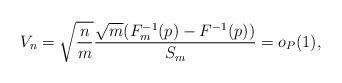
LaTeX: \begin{align*} V_n = \sqrt{ \frac{n}{m} } \frac{ \sqrt{m}( F_m^{-1}(p) - F^{-1}(p) ) }{ S_m } = o_P(1),\end{align*}